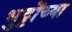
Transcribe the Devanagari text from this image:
भुट्टोंच्या